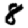
Digit: 8